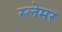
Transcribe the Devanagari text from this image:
स्लेमर